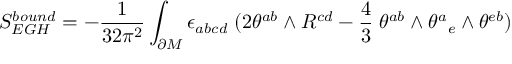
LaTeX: S _ { E G H } ^ { b o u n d } = - { \frac { 1 } { 3 2 \pi ^ { 2 } } } \int _ { \partial M } \epsilon _ { a b c d } \; ( 2 \theta ^ { a b } \wedge R ^ { c d } - { \frac { 4 } { 3 } } \; \theta ^ { a b } \wedge \theta ^ { a } { } _ { e } \wedge \theta ^ { e b } )